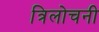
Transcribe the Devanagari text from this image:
त्रिलोचनी